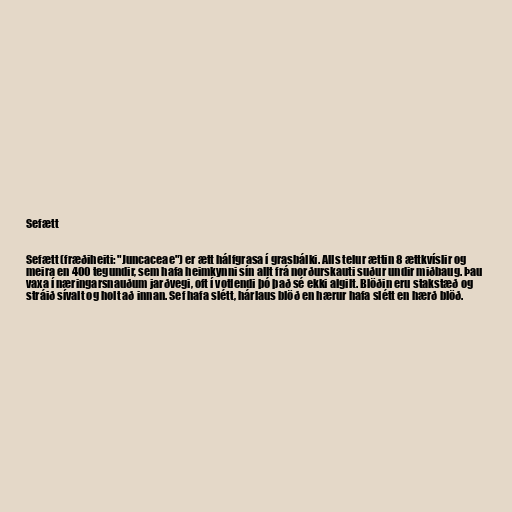
Sefætt

Sefætt (fræðiheiti: "Juncaceae") er ætt hálfgrasa í grasbálki. Alls telur ættin 8 ættkvíslir og
meira en 400 tegundir, sem hafa heimkynni sín allt frá norðurskauti suður undir miðbaug. Þau
vaxa í næringarsnauðum jarðvegi, oft í votlendi þó það sé ekki algilt. Blöðin eru stakstæð og
stráið sívalt og holt að innan. Sef hafa slétt, hárlaus blöð en hærur hafa slétt en hærð blöð.